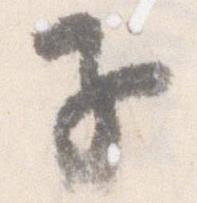
子